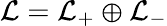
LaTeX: {\cal L}={\cal L}_{+}\oplus{\cal L}_{-}